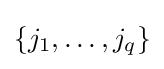
\{j_{1},\ldots ,j_{q}\}